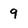
Character: 9